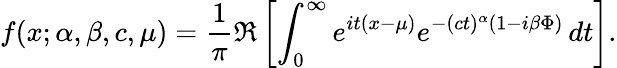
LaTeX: f(x;\alpha,\beta,c,\mu)={\frac{1}{\pi}}\Re\left[\int_{0}^{\infty}e^{it(x-\mu)}e^{-(ct)^{\alpha}(1-i\beta\Phi)}\, dt\right].